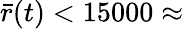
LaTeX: \bar{r}(t)<15000\approx